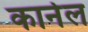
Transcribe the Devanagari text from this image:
कार्नल